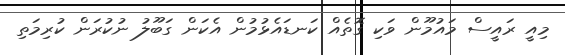
މިއީ ރައީސް މައުމޫން ވަކި ގޮތެއް ކަނޑައެޅުމުން އެކަން ގަބޫލު ނުކުރަން ކުރިމަތި